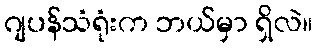
ဂျပန်သံရုံးက ဘယ်မှာ ရှိလဲ။